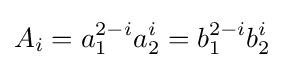
\displaystyle A_{i}=a_{1}^{2-i}a_{2}^{i}=b_{1}^{2-i}b_{2}^{i}